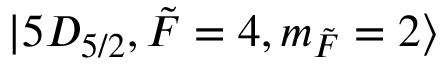
\lvert 5 D _ { 5 / 2 } , \Tilde { F } = 4 , m _ { \Tilde { F } } = 2 \rangle